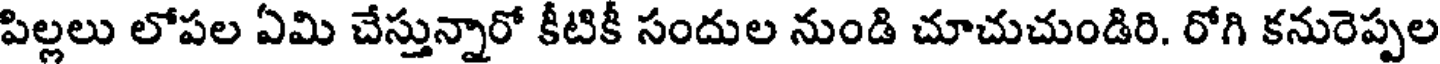
పిల్లలు లోపల ఏమి చేస్తున్నారో కీటికీ సందుల నుండి చూచుచుండిరి. రోగి కనురెప్పల